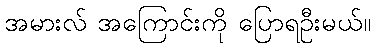
အမားလ် အကြောင်းကို ပြောရဦးမယ်။